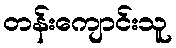
တန်းကျောင်းသူ